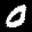
Label: 0